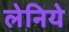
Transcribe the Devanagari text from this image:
लेनिये